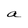
Character: a